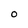
Character: 0